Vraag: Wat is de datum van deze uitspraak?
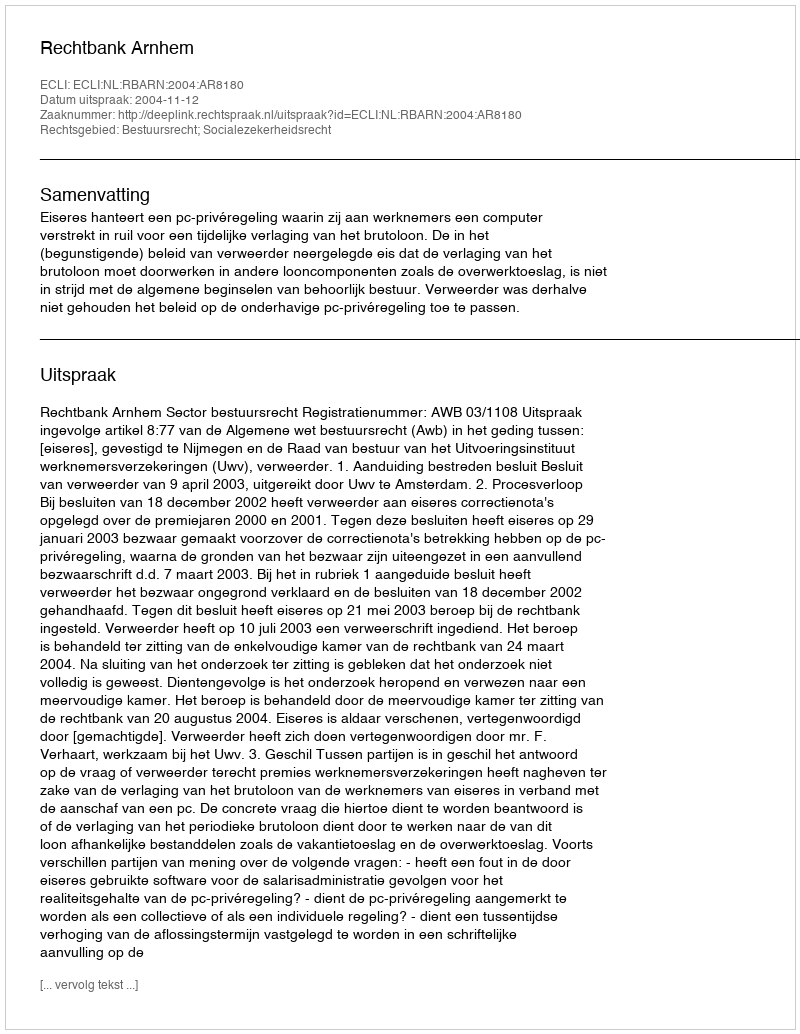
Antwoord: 2004-11-12